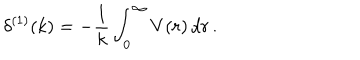
\delta ^ { ( 1 ) } ( k ) = - \frac { 1 } { k } \int _ { 0 } ^ { \infty } V ( r ) \, d r \, .